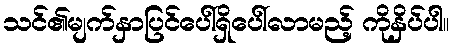
သင်၏မျက်နှာပြင်ပေါ်ရှိပေါ်လာမည့် ကိုနှိပ်ပါ။